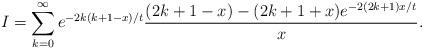
LaTeX: \begin{align*}I = \sum_{k=0}^{\infty} e^{-2k(k+1-x)/t}\frac{(2k+1-x)-(2k+1+x)e^{-2(2k+1)x/t}}{x}.\\\end{align*}